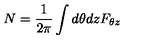
N = \frac { 1 } { 2 \pi } \int d \theta d z F _ { \theta z }